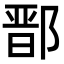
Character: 鄑